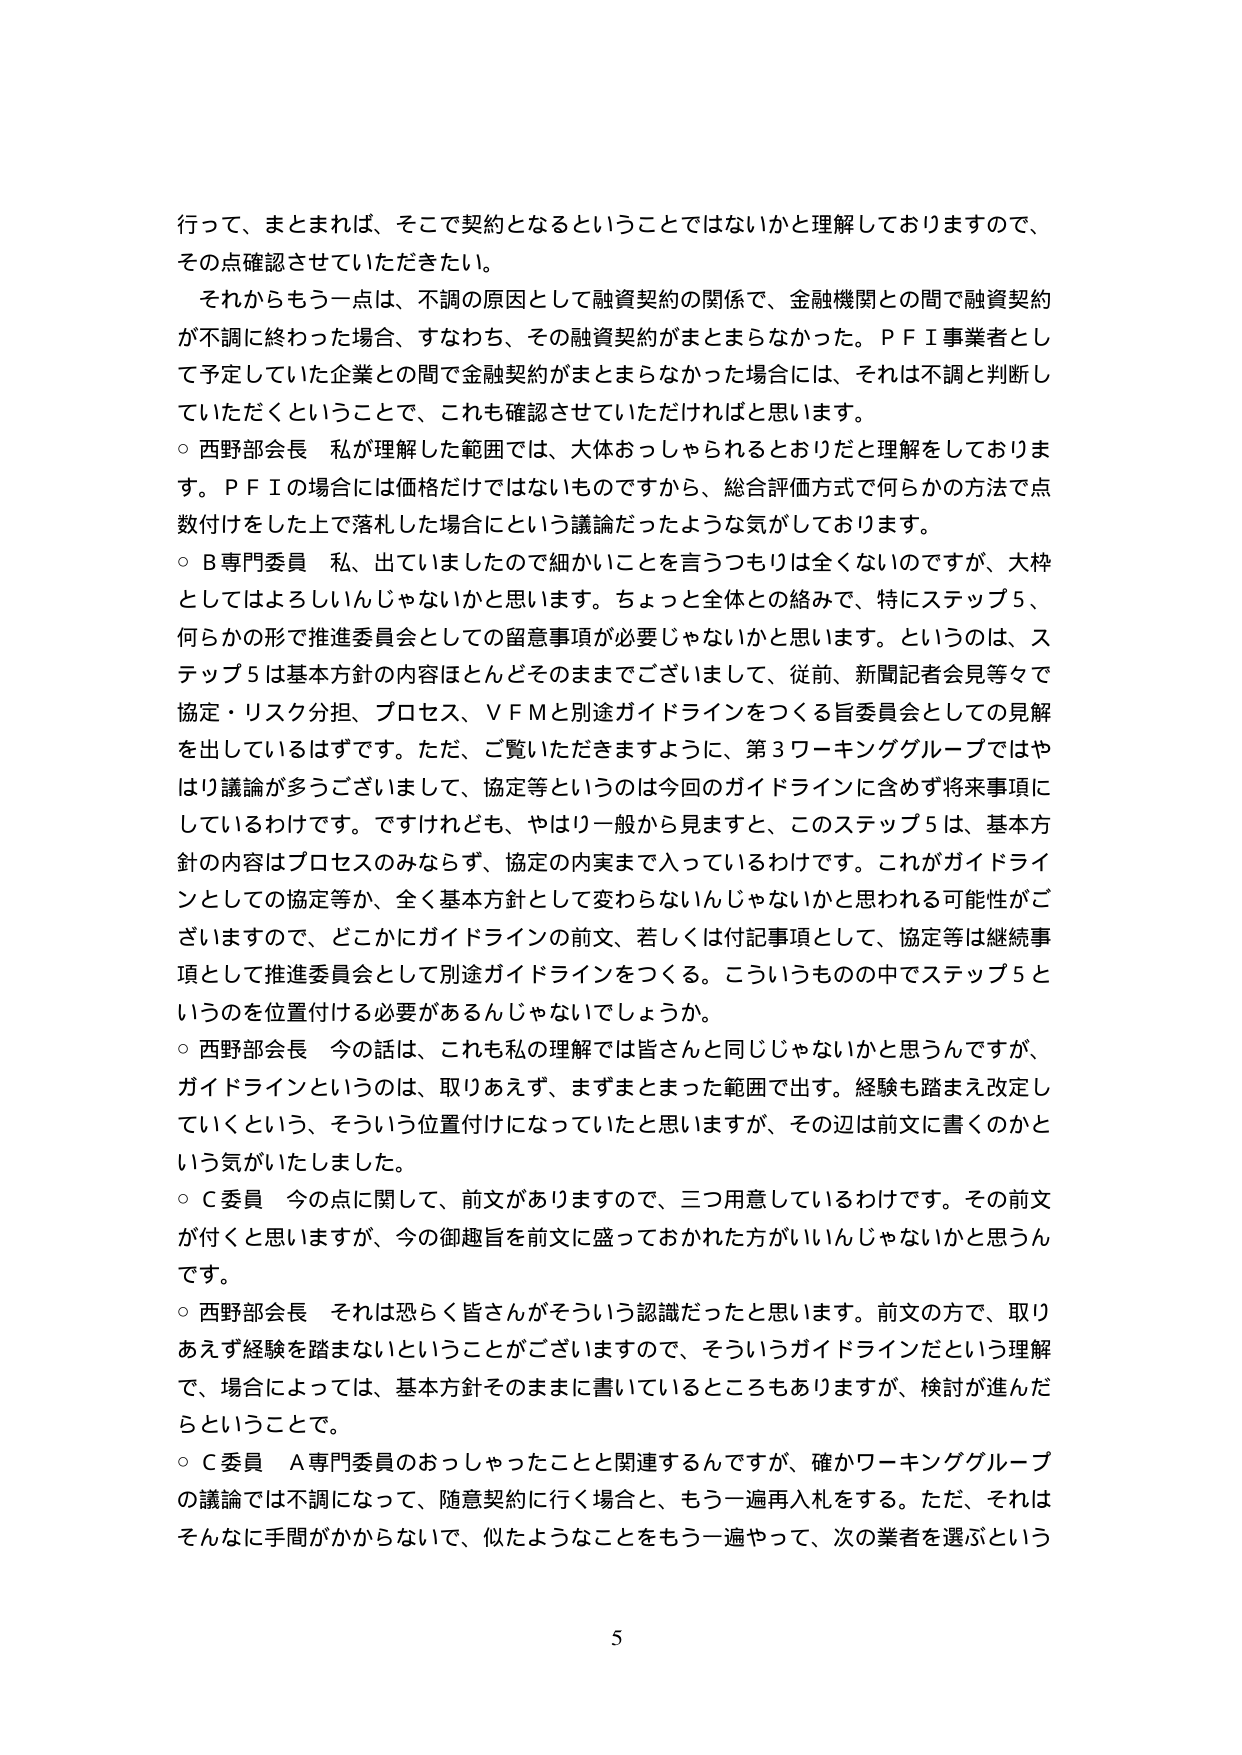
行って、まとめれば、そこで契約となるということではないかと理解しておりますので、
その点確認させていただきたい。

それからもう一点は、不調の原因として融資契約の関係で、金融機関との間で融資契約
が不調に終わった場合、すなわち、その融資契約がまとまらなかった。ＰＦＩ事業者とし
て予定していた企業との間で金融契約がまとまらなかった場合には、それは不調と判断し
ていただくということで、これも確認させていただければと思います。

○ 西野部会長 私が理解した範囲では、大体おっしゃられるとおりだと理解をしておりま
す。ＰＦＩの場合には価格だけではないものですから、総合評価方式で何らかの方法で点
数付けをした上で落札した場合にという議論だったような気がしております。

○ Ｂ専門委員 私、出ていましたので細かいことを言うつもりは全くないのですが、大枠
としてはよろしいんじゃないかと思います。ちょっと全体との絡みで、特にステップ５、
何らかの形で推進委員会としての留意事項が必要じゃないかと思います。というのは、ス
テップ５は基本方針の内容ほとんどそのままございまして、従前、新聞記者会見等々で
協定・リスク分担、プロセス、ＶＦＭと別途ガイドラインをつくる旨委員会としての見解
を出しているはずです。ただ、ご覧いただきますように、第３ワーキンググループではや
はり議論が多ございまして、協定等というのは今回のガイドラインに含めず将来事項に
しているわけです。ですけれども、やはり一般から見ますと、このステップ５は、基本方
針の内容はプロセスのみならず、協定の内実まで入っているわけです。これがガイドライ
ンとしての協定等か、全く基本方針として変わらないんじゃないかと思われる可能性がご
ざいますので、どこかにガイドラインの前文、若しくは付記事項として、協定等は継続事
項として推進委員会として別途ガイドラインをつくる。こういうものの中でステップ５と
いうのを位置付ける必要があるんじゃないでしょうか。

○ 西野部会長 今の話は、これも私の理解では皆さんと同じじゃないかと思うんですが、
ガイドラインというのは、取りあえず、まずまとまった範囲で出す。経験も踏まえ改定し
ていくという、そういう位置付けになっていたと思いますが、その辺は前文に書くのかと
いう気がいたしました。

○ Ｃ委員 今の点に関して、前文がありますので、三つ用意しているわけです。その前文
が付くと思いますが、今の御趣旨を前文に盛っておかれた方がいいんじゃないかと思うん
です。

○ 西野部会長 それは恐らく皆さんがそういう認識だったと思います。前文の方で、取り
あえず経験を踏まないということがございますので、そういうガイドラインだという理解
で、場合によっては、基本方針そのままに書いているところもありますが、検討が進んだ
らということで。

○ Ｃ委員 Ａ専門委員のおっしゃったことと関連するんですが、確かワーキンググループ
の議論では不調になって、随意契約に行く場合と、もう一遍再入札をする。ただ、それは
そんなに手間がかからないで、似たようなことをもう一遍やって、次の業者を選ぶという

5